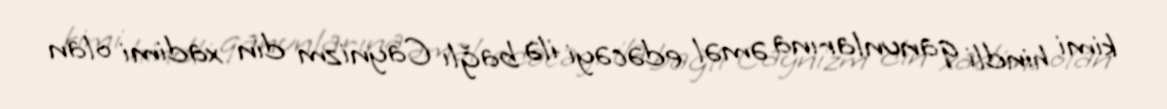
kimi hindli qanunlarına əməl edəcəyi ilə bağlı Caynizm din xadimi olan